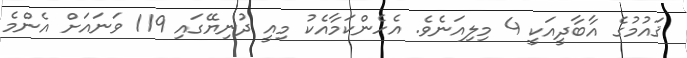
ޤައުމުގެ އާބާދީއަކީ 4 މިލިއަނެވެ. އެހެންކަމާއެކު މިއީ ދުނިޔޭގައި 119 ވަނައަށް އެންމެ